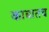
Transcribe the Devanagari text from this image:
काबातच